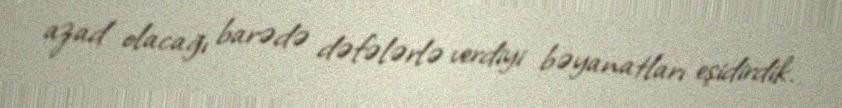
azad olacağı barədə dəfələrlə verdiyi bəyanatları eşidirdik.